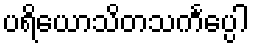
ပရိယောသိတသင်္ကပ္ပေါ